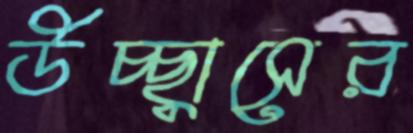
উচ্ছ্বাসের